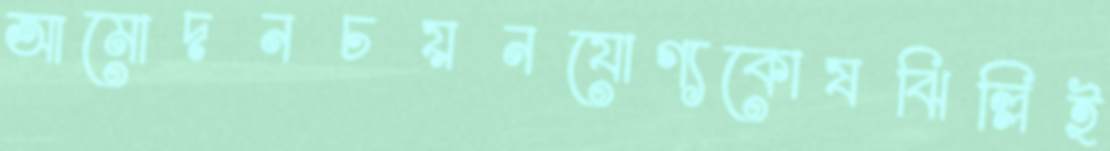
আমোদনচয়নযোগ্যকোষঝিল্লিই